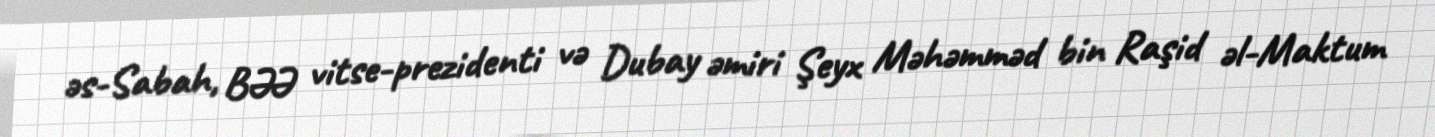
əs-Sabah, BƏƏ vitse-prezidenti və Dubay əmiri Şeyx Məhəmməd bin Raşid əl-Maktum